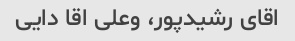
اقای رشیدپور، وعلی اقا دایی